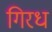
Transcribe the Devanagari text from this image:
गिरध